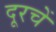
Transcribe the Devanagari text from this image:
दूरचें